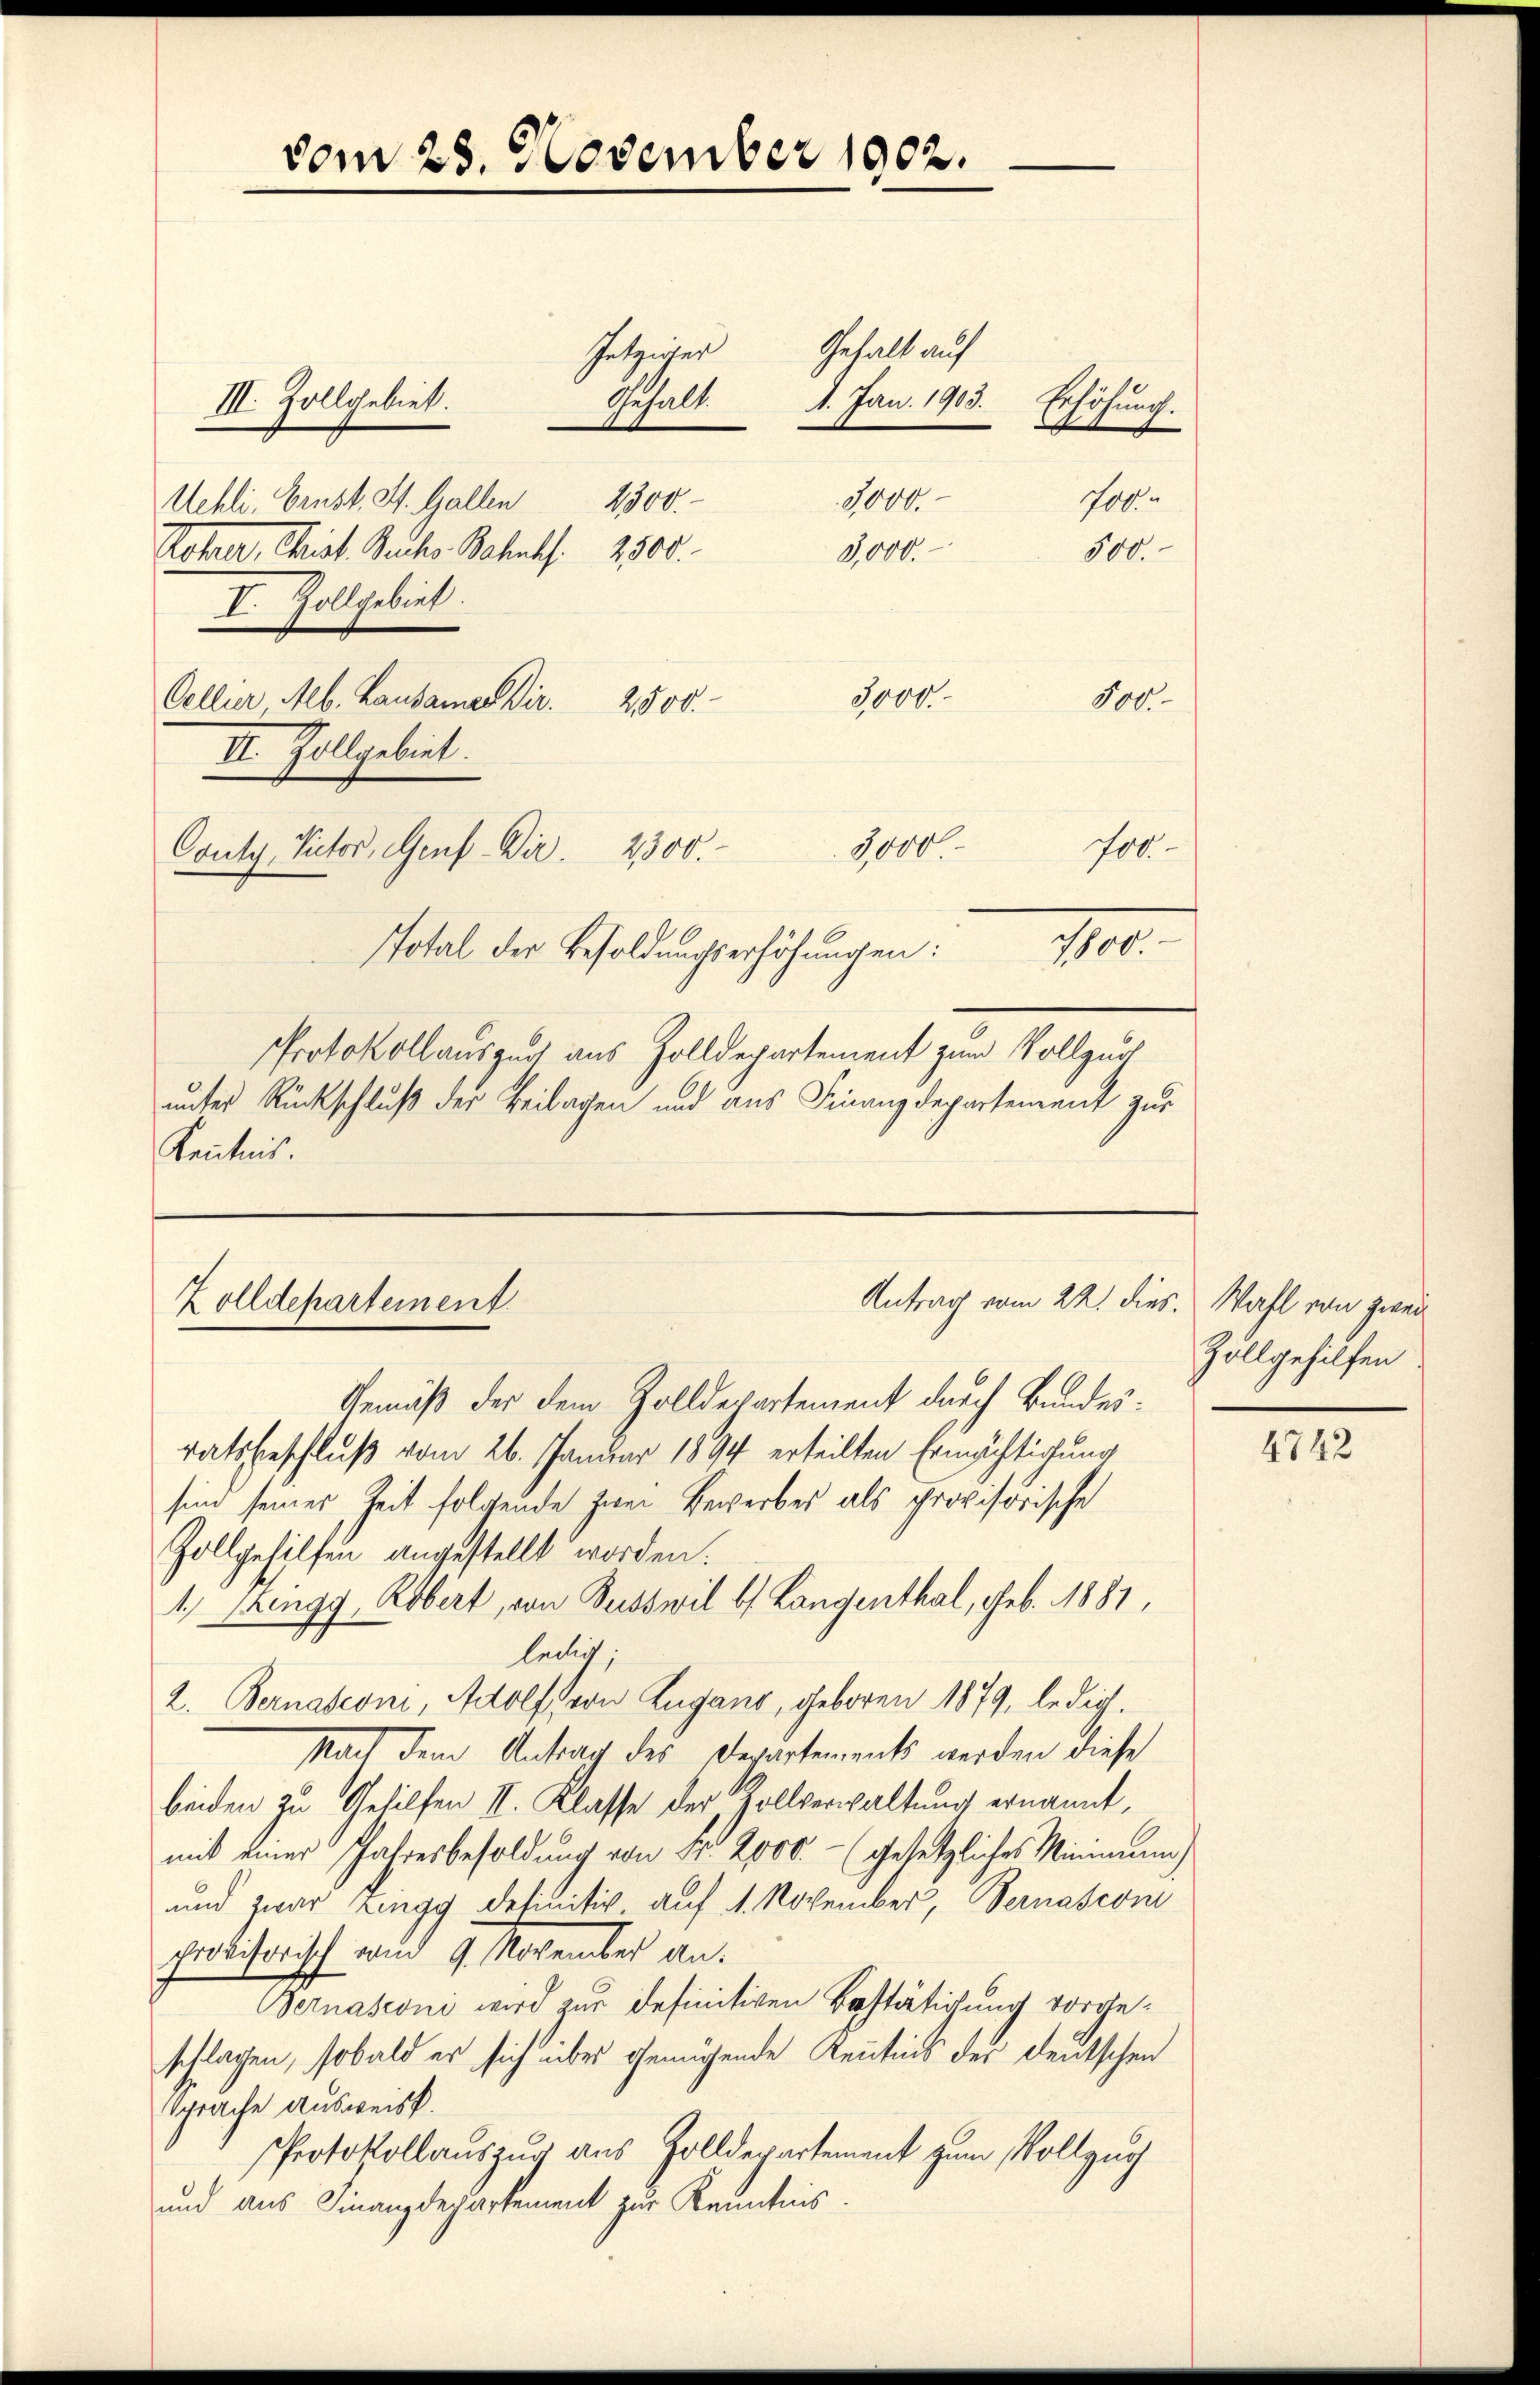
vom 23. November 1902.

Gehalt auf
Gehalt. 1. Jan. 1903. Erhöhung.
100
94

III. Zollgebiet.
Uehli, Ernst. St. Gallen 2300.
Rohner, Christ. Siche Behufs 2500.
3,000.
I. Zollgebiet.
3,000.
Celler Alb. Lausamer Dir.
500.
2,000
II. Zollgebiet.
1000.
700
Couty, Victor, Genf Dir. 2300.
1800.
Total der Besoldungserhöhungen:
PProtokollauszug aus Zolldepartement zum Vollzuc
unter Rückschluß der Beilagen und aus Finanzdepartement zur
Kenntnis.

Getzwier

500.

Antrag vom 22. dies. Wahl von zwei
Zolldepartement

Zollgehilfen

Gemäß der dem Zolldepartement durch Bundesratsbeschluß vom 26. Januar 1894 erteilten Ermächtigung
sind seiner Zeit folgende zwei Bewerbes als provisorische
Zollgehilfen angestellt worden:
1. Zingg, Robert, von Busswil b. Langenthal, geb. 1881,
ledig;
2. Bernasconi, Adolf von Zugano, geboren 1879, ledig.
Nach dem Antrag des Departements werden diese
beiden zu Gehilfen II. Klasse der Zollverwaltung ernannt,
mit einer Jahresbesoldung von Nr. 2000.- (gesetzliches Minimung
und zwar Zingg definitiv auf 1. November, Bernascon
provisorisch vom 9. November an.
Bernasconi wird zur definitiven Bestätigung vorgeschlagen, sobald er sich über gemühende Kenntnis der deutschen
Sprache ausweisst.
Protokollauszug aus Zolldepartement zum Vollzuc
und aus Finanzdepartement zur Kenntnis.

4742